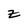
Character: z